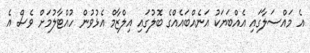
އެ މައްސަލާގައި އެއްބަޔަކު އަނެއްބައެއްގެ ބޮލުގައި އިލްޒާމް އެޅުވުން ހުއްޓާލުމަށް ވެސް އެ